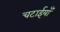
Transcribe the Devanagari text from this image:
चटाईयाँ